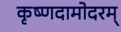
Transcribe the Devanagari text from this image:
कृष्णदामोदरम्